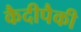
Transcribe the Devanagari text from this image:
कैदीपैकी